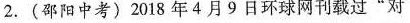
2.(邵阳中考) 2018年4月9日环球网刊载过”对